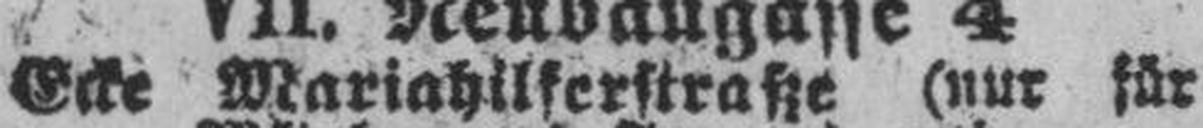
Ecke Mariahilferstraße (nur für